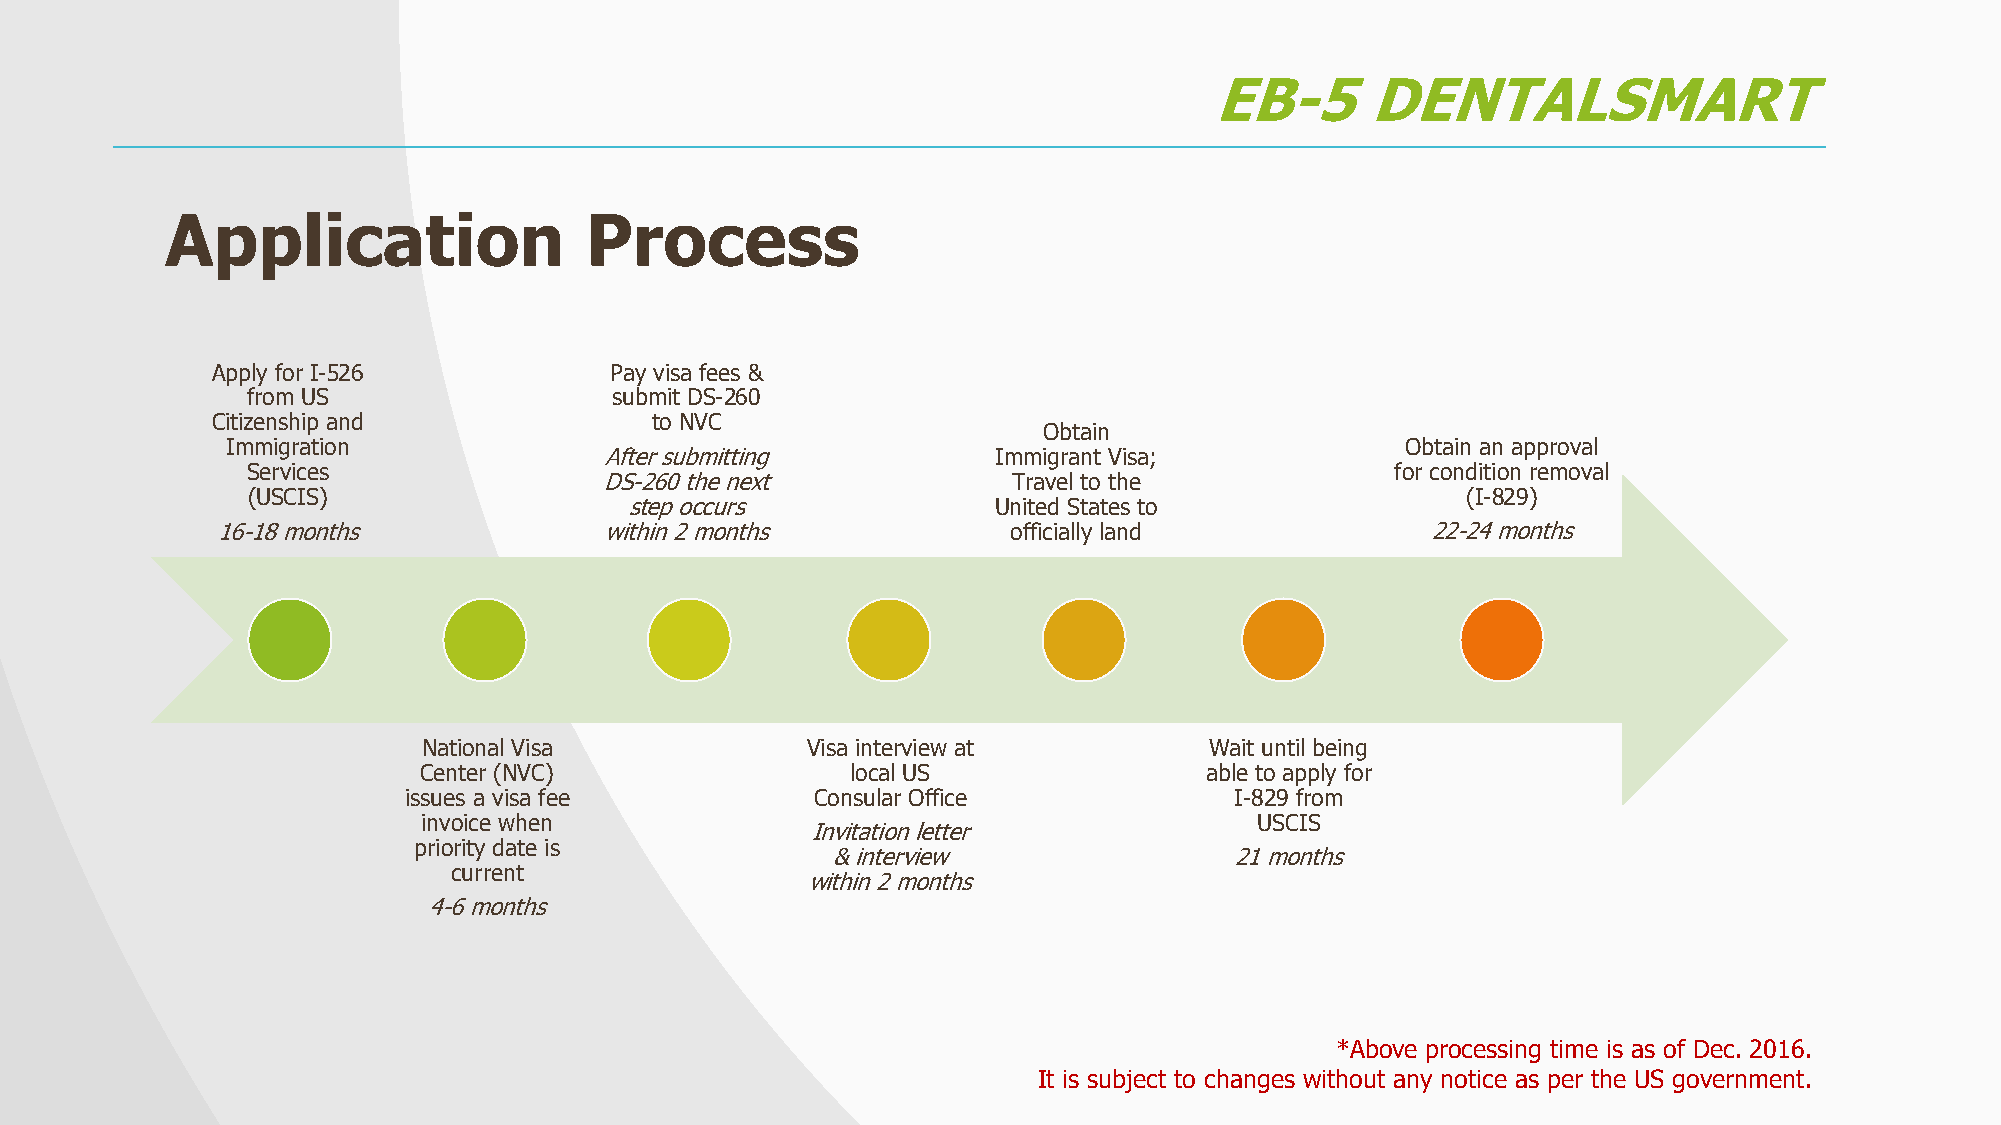
EB-5       DENTALSMART
 Application                 Process
 Apply for I-526           Pay visa fees &
 from US                  submit DS-260
 Citizenship and              to NVC
 Obtain
 Immigration                                                                   Obtain an approval
 After submitting          Immigrant Visa;
 Services                                                                    for condition removal
 DS-260 the next            Travel to the
 (USCIS)                                                                          (I-829)
 step occurs             United States to
 16-18 months              within 2 months            officially land             22-24 months
 National Visa            Visa interview at          Wait until being
 Center (NVC)                local US                able to apply for
 issues a visa fee          Consular Office             I-829 from
 invoice when                                           USCIS
 Invitation letter
 priority date is
 & interview                21 months
 current
 within 2 months
 4-6 months
 *Above processing time is as of Dec. 2016.
 It is subject to changes without any notice as per the US government.